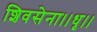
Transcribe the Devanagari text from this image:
शिवसेना।।धृ।।